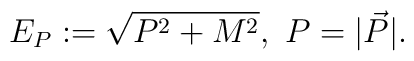
\ E_P := \sqrt{P^2 + M^2}, \ P = |\vec P|.